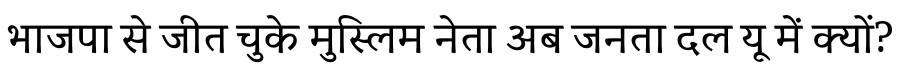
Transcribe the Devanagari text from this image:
भाजपा से जीत चुके मुस्लिम नेता अब जनता दल यू में क्यों?